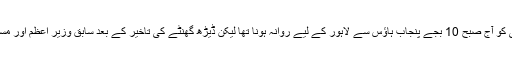
سابق وزیراعظم نوازشریف کی قیادت میں ریلی کو آج صبح 10 بجے پنجاب ہاؤس سے لاہور کے لیے روانہ ہونا تھا لیکن ڈیڑھ گھنٹے کی تاخیر کے بعد سابق وزیر اعظم اور مسلم لیگ (ن) کے رہنما پنجاب ہاؤس سے نکلے۔